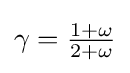
\gamma =\textstyle {\frac {1+\omega }{2+\omega }}